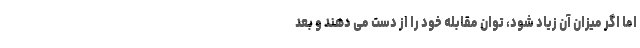
اما اگر میزان آن زیاد شود، توان مقابله خود را از دست می دهند و بعد